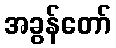
အခွန်တော်